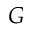
G